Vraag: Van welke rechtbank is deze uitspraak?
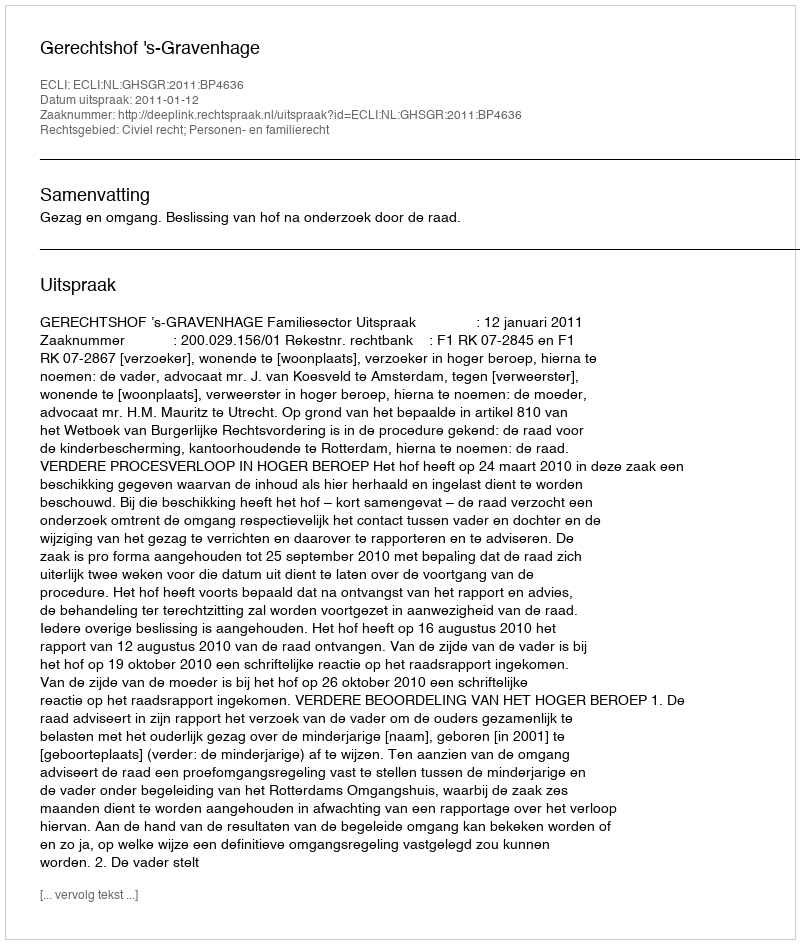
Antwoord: Gerechtshof 's-Gravenhage